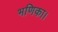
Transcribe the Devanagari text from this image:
भणिका।